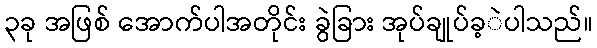
၃ခု အဖြစ် အောက်ပါအတိုင်း ခွဲခြား အုပ်ချုပ်ခ့ဲပါသည်။